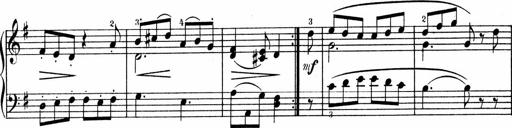
Title: 3 Sonatinen fÃ¼r Pianoforte
Composer: Fritz von Bose